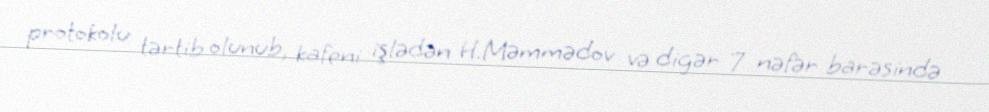
protokolu tərtib olunub, kafeni işlədən H.Məmmədov və digər 7 nəfər barəsində